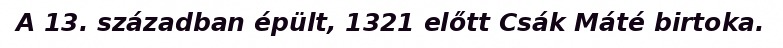
A 13. században épült, 1321 előtt Csák Máté birtoka.